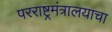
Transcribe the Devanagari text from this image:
परराष्ट्रमंत्रालयाचा